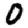
Digit: 0